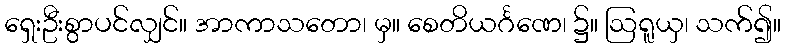
ရှေးဦးစွာပင်လျှင်။ အာကာသတော၊ မှ။ စေတိယင်္ဂဏေ၊ ၌။ ဩရူယှ၊ သက်၍။